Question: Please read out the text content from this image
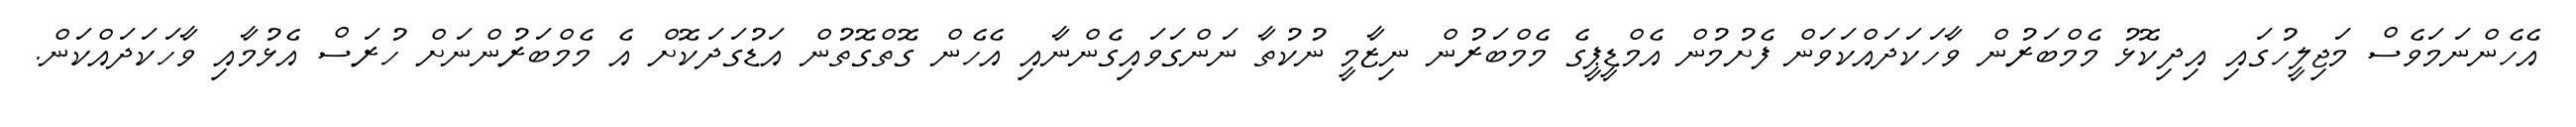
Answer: އެހެންނަމަވެސް މަޖިލީހުގައި އިދިކޮޅު މެމްބަރުން ވާހަކަދައްކަވަން ފެށުމުން އެމްޑީޕީގެ މެމްބަރުން ނިޒާމީ ނުކުތާ ނަންގަވައިގެންނާއި އެހެން ގޮތްގޮތުން އަޑުގަދަކޮށް އެ މެމްބަރުންނަށް ހުރަސް އެޅުމާއި ވާހަކަދައްކަން.